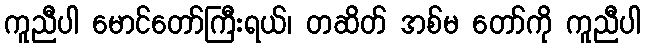
ကူညီပါ မောင်တော်ကြီးရယ်၊ တဆိတ် အစ်မ တော်ကို ကူညီပါ